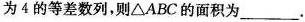
为4的等差数列，则△ABC的面积为___.